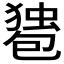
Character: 𰅠